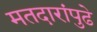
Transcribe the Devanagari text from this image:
मतदारांपुढे